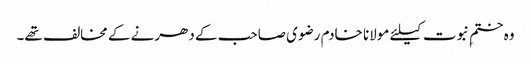
وہ ختمِ نبوت کیلئے مولانا خادم رضوی صاحب کے دھرنے کے مخالف تھے۔